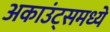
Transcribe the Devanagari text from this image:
अकाउंट्समध्ये